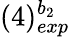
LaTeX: (4)_{exp}^{b_{2}}